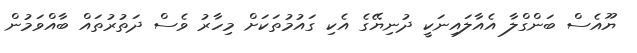
ޔޫއެސް ބަންގްލާ އެއާލައިނަކީ ދުނިޔޭގެ އެކި ގައުމުތަކަށް މިހާރު ވެސް ދަތުރުތައް ބާއްވަމުން